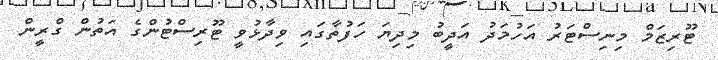
ޓޫރިޒަމް މިނިސްޓަރު އަހުމަދު އަދީބު މިދިޔަ ހަފުތާގައި ވިދާޅުވީ ޓޫރިސްޓުންގެ އަތުން ގްރީން